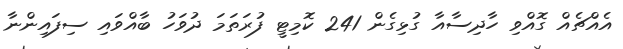
އެއްޗެއް ގޮއްވި ހާދިސާއާ ގުޅިގެން 241 ކޮމިޓީ ފުރަތަމަ ދުވަހު ބާއްވައި ސިފައިންނާ